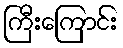
ကြီးကြောင်း